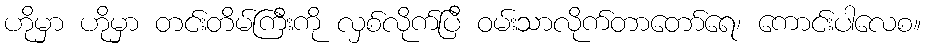
ဟိုမှာ ဟိုမှာ တင်းတိမ်ကြီးကို လှစ်လိုက်ပြီ ဝမ်းသာလိုက်တာတော်ရေ၊ ကောင်းပါလေစ။